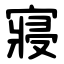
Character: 寢